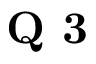
\textbf { Q 3 }